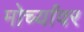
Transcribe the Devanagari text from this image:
मोर्च्यांवर